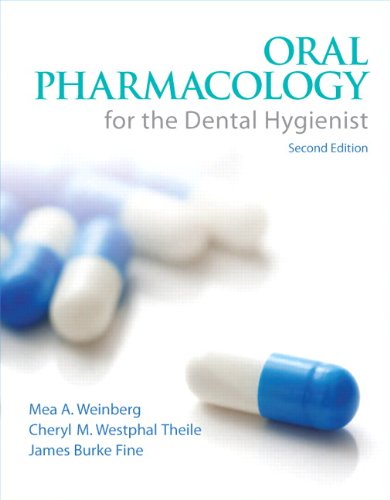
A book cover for Oral Pharmacology for the Dental Hygienist (2nd Edition); Mea A. Weinberg; Medical Books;